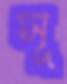
সূ